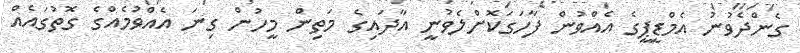
ގެންދެވުނު އެމްޑީޕީގެ އެއްވުން ފާހަގަކޮށްލެވުނީ އާދައިގެ މަތިން މީހުން ގިނަ އެއްވުމެއްގެ ގޮތުގައެއް